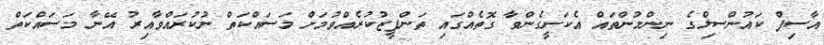
އާސިފް ކައުންސިލްގެ ނިންމުންތައް އެކަށީގެންވާ ގޮތެއްގައި ތަންފީޒުކުރެއްވުމަށް މަސައްކަތް ނުކުރައްވާއިރު އޭނާ މަސައްކަތް